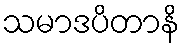
သမာဒပိတာနိ